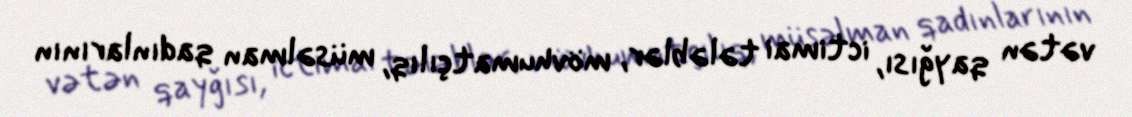
vətən qayğısı, ictimai tələblər, mövhumatçılıq, müsəlman qadınlarının